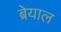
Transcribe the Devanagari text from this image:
ब्रेयाल